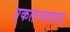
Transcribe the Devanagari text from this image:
एकतत्त्ववाद